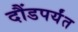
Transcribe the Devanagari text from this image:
दौंडपर्यंत